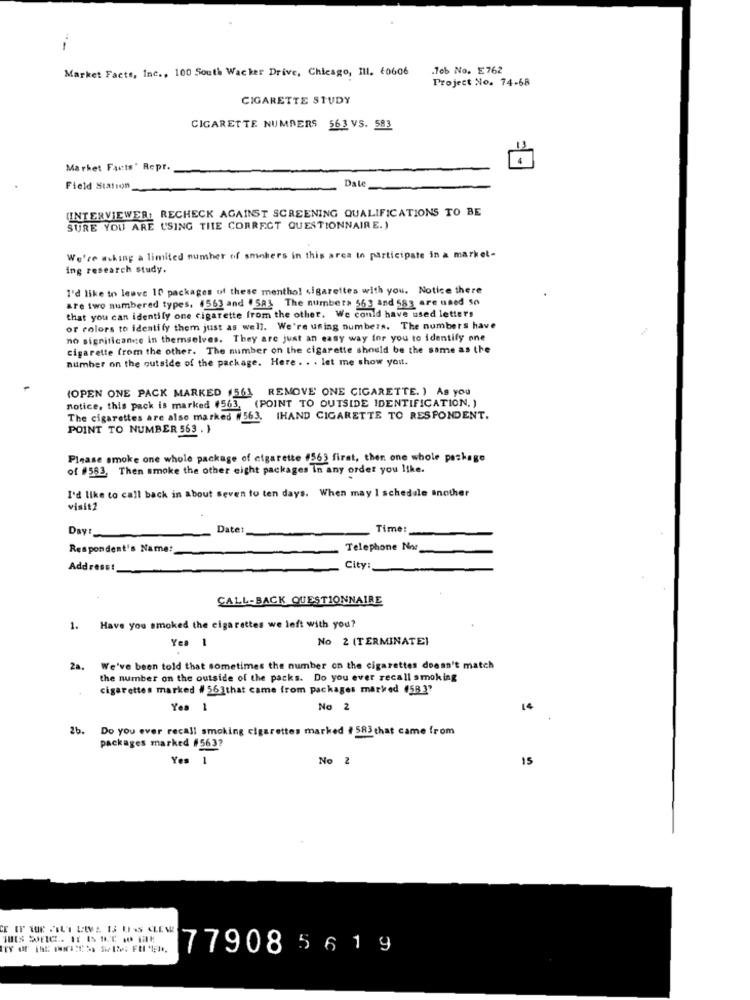
Market Facts, Inc ., 100 South Wacker Drive, Chicago, III. 60606
.Job No. E762
Project No. 74-68
CIGARETTE STUDY
CIGARETTE NUMBERS 563 VS. 583
Market Facts' Repr.
Field Station
Dale
(INTERVIEWER: RECHECK AGAINST SCREENING QUALIFICATIONS TO BE
SURE YOU ARE USING THE CORRECT QUESTIONNAIRE.)
We're aching a limited number of smokers in this area to participate in a market-
ing research study.
I'd like to leuve 10 packages of these menthol cigarettes with you. Notice there
are two numbered types, 4563 and .583 The number> 563 and 583 are need so
that you can identify one cigarette from the other. We could have used letters
or colors to identify them just as well. We're using numbers. The numbers have
no significance in themselves. They are just an easy way for you to identify one
cigarette from the other. The number on the cigarette should be the same as the
number on the outside of the package. Here . . . let me show you.
(OPEN ONE PACK MARKED 1561 REMOVE' ONE CIGARETTE. ) As you
notice, this pack is marked #563, (POINT TO OUTSIDE IDENTIFICATION. )
The cigarettes are also marked #563. IHAND CIGARETTE TO RESPONDENT.
POINT TO NUMBER 563 . }
Please smoke one whole package of cigarette #563 first, then one whole package
of #563. Then smoke the other eight packages in any order you like.
I'd like to call back in about seven to ten days. When may 1 schedule another
visit2
Day:
Date
Time:
Respondent's Name:
Telephone Nor
Addresst
City:
CALL-BACK QUESTIONNAIRE
. Have you smoked the cigarettes we left with you?
Yes 1
No 2 (TERMINATE)
2a.
We've been told that sometimes the number on the cigarettes doesn't match
the number on the outside of the packs. Do you ever recall smoking
cigarettes marked # 56]that came from packages marked #5837
No 2
14
26.
Do you ever recall smoking cigarettes marked # 583 that came from
packages marked #563?
Yes 1
No 2
15
77908 5 619